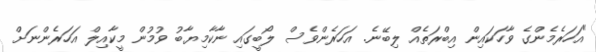
"އަހަރެމެންގެ ވާހަކައިން އިބްރަތެއް ލިބޭނެ. އަހަރެންވެސް ލޯބީގައި ނާކާމިޔާބު ވުމުން މީކާއިލް އަހަރެންނަށް